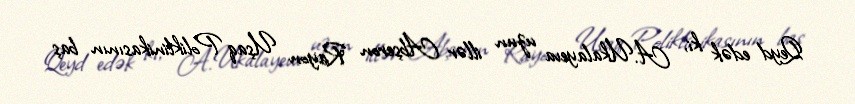
Qeyd edək ki, A.Ukalayeva uzun illər Abşeron Rayon Uşaq Poliklinikasının baş